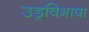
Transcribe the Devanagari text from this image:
उड्रविभाषा